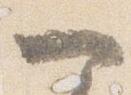
一